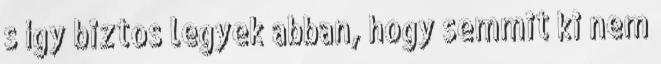
s így biztos legyek abban, hogy semmit ki nem